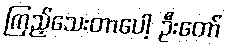
ကြည့်သေးတာပေါ့ ဦးတော်